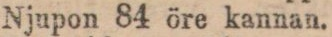
Njupon 84 öre kannan.